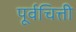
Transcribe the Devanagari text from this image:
पूर्वचित्ती